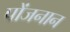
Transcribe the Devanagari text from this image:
पोंजनान